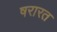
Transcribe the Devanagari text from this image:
षरारत